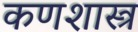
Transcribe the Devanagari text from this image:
कणशास्त्र